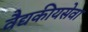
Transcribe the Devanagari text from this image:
वैद्यकीयसेवा